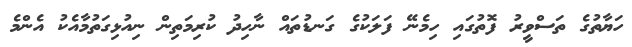
ހަޔާތުގެ ތަސްވީރު ފޮތުގައި ހިމެނޭ ފަލަކުގެ ގަނޑުތައް ނާހިދު ކުރިމަތިން ނިއުޅިގަތުމާއެކު އެންމެ